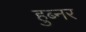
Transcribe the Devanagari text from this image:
हुब्नर